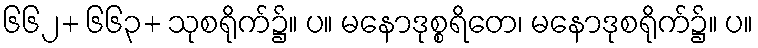
၆၆၂+ ၆၆၃+ သုစရိုက်၌။ ပ။ မနောဒုစ္စရိတေ၊ မနောဒုစရိုက်၌။ ပ။